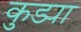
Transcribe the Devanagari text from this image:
कुड्या